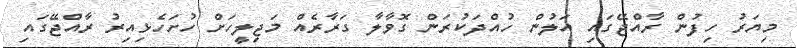
މިޔަރު ހިފުން ރާއްޖޭގައި އަލުން ހުއްދަކުރަން ގޮވާލާ ގަރާރެއް މަޖިލީހަށް ހުށަހެޅިއިރު ރާއްޖޭގައި